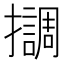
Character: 𢸛